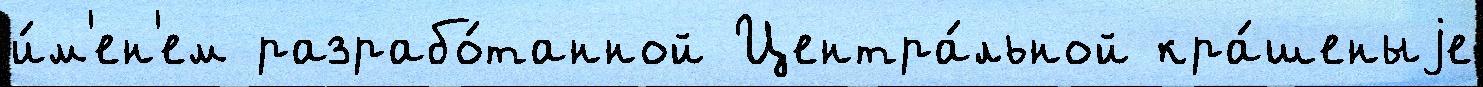
и́м'ен'ем разрабо́танной Центра́льной кра́шеныjе